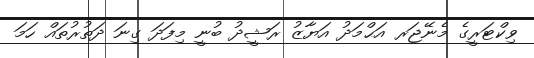
ވިކްޓަރީގެ މެނޭޖަރ އަޙްމަދު އަޔާޒު ރަޝީދު ބުނީ މިފަދަ ގިނަ ދަތުރުތައް ހަމަ